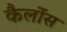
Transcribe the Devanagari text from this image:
कैर्लोस